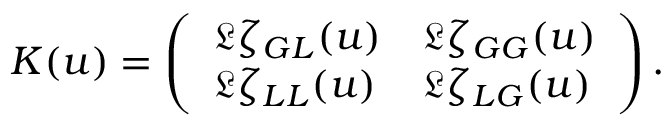
K ( u ) = \left( \begin{array} { l l } { \mathfrak { L } \zeta _ { G L } ( u ) } & { \mathfrak { L } \zeta _ { G G } ( u ) } \\ { \mathfrak { L } \zeta _ { L L } ( u ) } & { \mathfrak { L } \zeta _ { L G } ( u ) } \end{array} \right) .